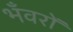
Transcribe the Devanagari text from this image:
भँवरों